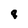
Character: 8